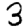
Digit: 3